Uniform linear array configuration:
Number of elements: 12
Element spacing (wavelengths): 1
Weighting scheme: hann
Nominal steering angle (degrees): -15
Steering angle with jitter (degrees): -16.832
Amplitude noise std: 0.05
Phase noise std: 0.05

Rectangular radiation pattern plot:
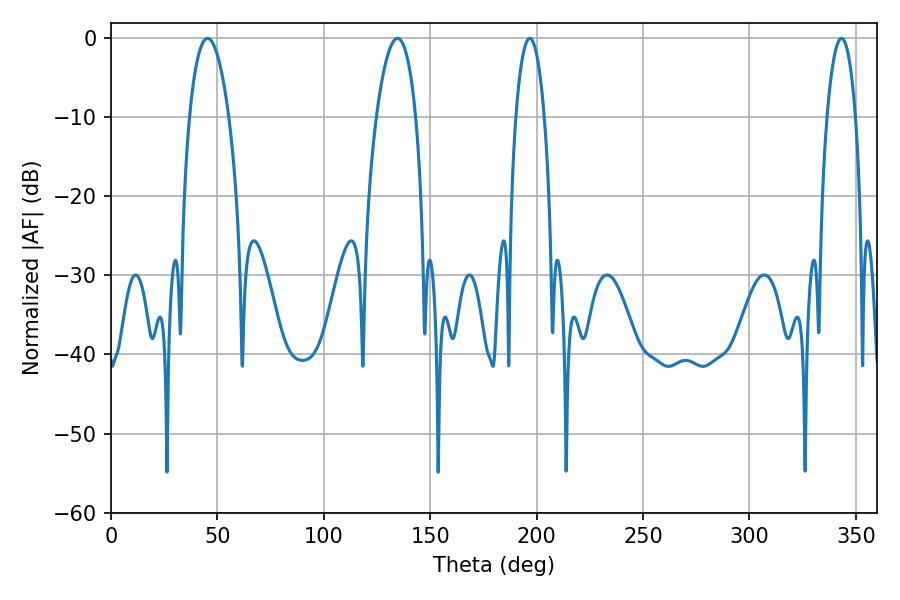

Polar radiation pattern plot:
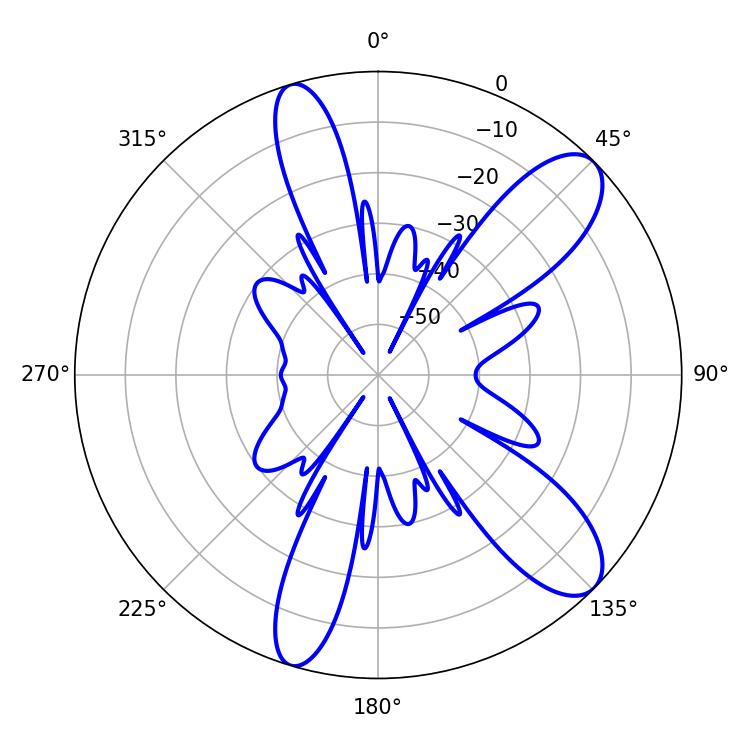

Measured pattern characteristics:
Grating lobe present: TRUE
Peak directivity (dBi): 10.136
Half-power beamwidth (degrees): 10.26
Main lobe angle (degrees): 45.36